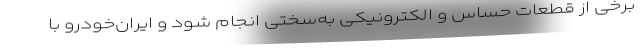
برخی از قطعات حساس و الکترونیکی به‌سختی انجام شود و ایران‌خودرو با